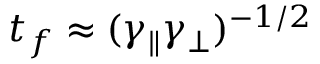
t _ { f } \approx ( \gamma _ { \parallel } \gamma _ { \perp } ) ^ { - 1 / 2 }